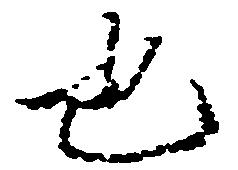
也